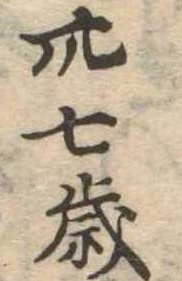
卅七歳